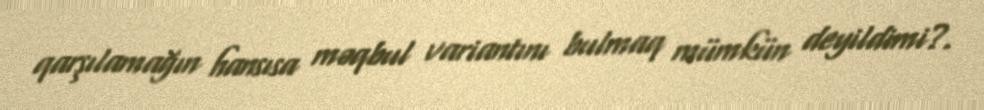
qarşılamağın hansısa məqbul variantını bulmaq mümkün deyildimi?.